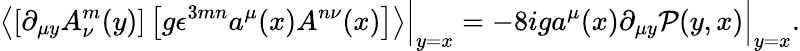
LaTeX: \left\langle\left[\partial_{\mu y}A_{\nu}^{m}(y)\right]\left[g\epsilon^{3mn}a^{\mu}(x)A^{n\nu}(x)\right]\right\rangle\Bigr|_{y=x}=-8iga^{\mu}(x)\partial_{\mu y}\mathcal P(y,x)\Bigr|_{y=x}.